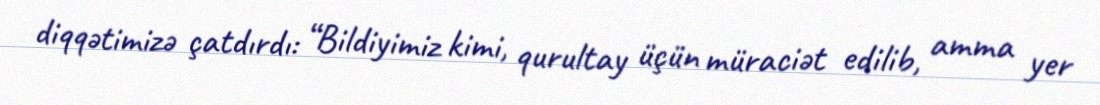
diqqətimizə çatdırdı: “Bildiyimiz kimi, qurultay üçün müraciət edilib, amma yer